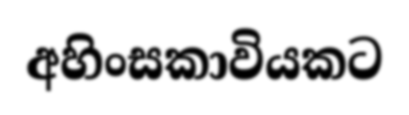
අහිංසකාවියකට